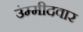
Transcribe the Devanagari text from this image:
उंम्मीदवार